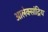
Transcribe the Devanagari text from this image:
आलेक्सांद्रिय